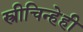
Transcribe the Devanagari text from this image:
स्त्रीचिन्हेही